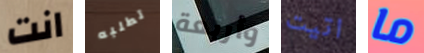
انت تطلبه وأربعة اتيت ما